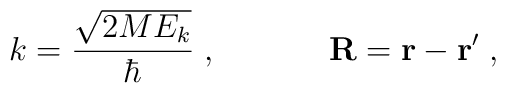
k=\frac{ \sqrt{2ME_{k}}}{\hbar}\;  ,\; \; \; \; \; \; \; \; \; \; \; \; {\bf  R}={\bf  r} - {\bf  r}'\;  ,